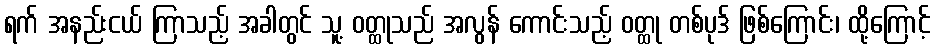
ရက် အနည်းငယ် ကြာသည့် အခါတွင် သူ့ ဝတ္ထုသည် အလွန် ကောင်းသည့် ဝတ္ထု တစ်ပုဒ် ဖြစ်ကြောင်း၊ ထို့ကြောင့်